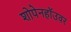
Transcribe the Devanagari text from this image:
शोपेनहॉउवर